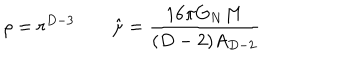
LaTeX: \rho = r ^ { D - 3 } \qquad \hat { \mu } = { \frac { 1 6 \pi G _ { N } M } { ( D - 2 ) A _ { D - 2 } } }